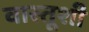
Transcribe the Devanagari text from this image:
वास्तूशी